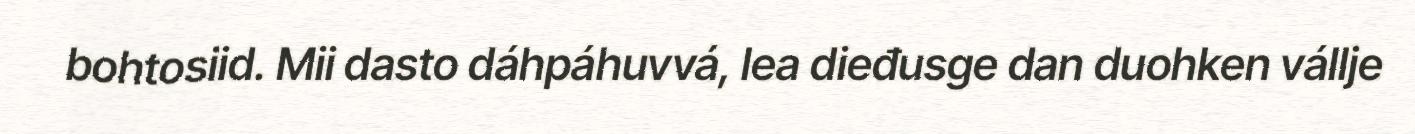
bohtosiid. Mii dasto dáhpáhuvvá, lea dieđusge dan duohken vállje